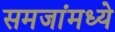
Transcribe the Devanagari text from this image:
समजांमध्ये